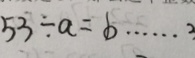
5 3 \div a = b \cdots 3